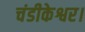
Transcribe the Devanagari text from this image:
चंडीकेश्वर।